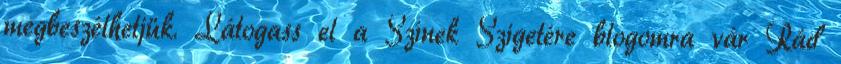
megbeszélhetjük. Látogass el a Színek Szigetére blogomra vár Rád